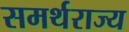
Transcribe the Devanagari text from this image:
समर्थराज्य